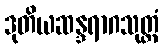
ဒုတိယဆန္ဒရာဂသုတ္တံ